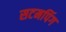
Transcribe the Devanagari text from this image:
सटमपिंग